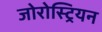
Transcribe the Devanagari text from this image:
जोरोस्ट्रियन